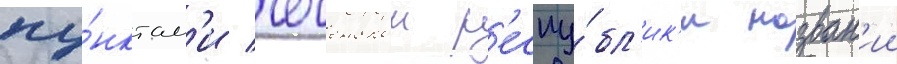
пу́нктам'и чеченскои р'еспу́бл'ик'и назван'ии